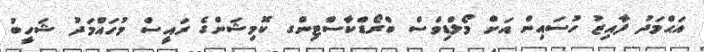
އަޙްމަދު ފާއިޒު ހުސައިން އަށް މޯލްޑިވްސް ބްރޯޑްކާސްޓިންގ ކޮމިޝަންގެ ރައީސް މުހައްމަދު ޝަހީބު